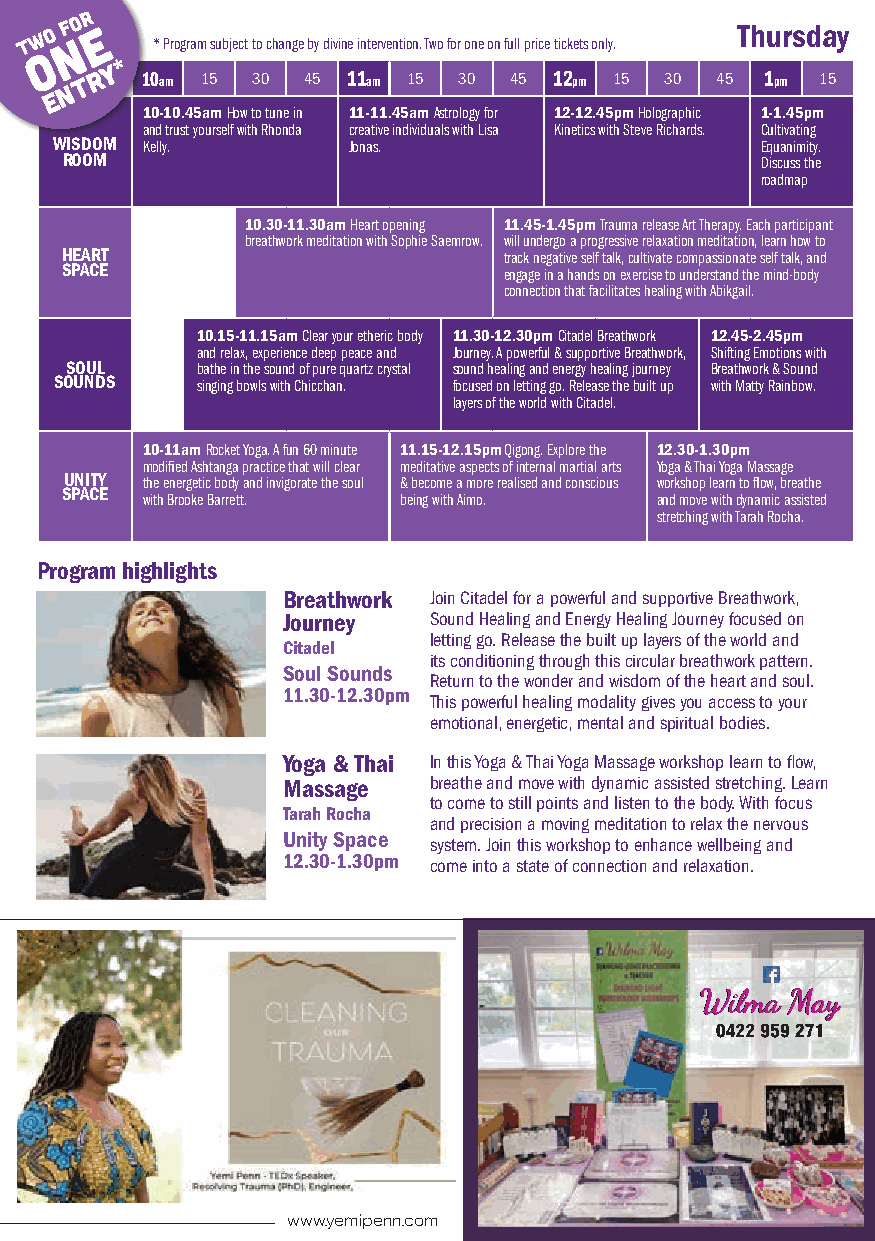
T
 W O F NO R E
 * Program subject to change by divine intervention. Two for one on full price tickets only.
 Thursday    6th Jan
 O
 Y *
 N
 T R 10am 15 30 45 11am 15 30 45 12pm 15 30 45 1pm 15   30  45 2pm 15 30 45 3pm 15 30 45 4pm 15 30 45 5pm 15 30-45
 E
 10-10.45am How to tune in 11-11.45am Astrology for 12-12.45pm Holographic 1-1.45pm
 and trust yourself with Rhonda creative individuals with Lisa Kinetics with Steve Richards. Cultivating
 WISDOM Kelly.      Jonas.                     Equanimity.
 ROOM                                          Discuss the
 roadmap
 10.30-11.30am Heart opening 11.45-1.45pm Trauma release Art Therapy. Each participant
 breathwork meditation with Sophie Saemrow. will undergo a progressive relaxation meditation, learn how to
 HEART                        track negative self talk, cultivate compassionate self talk, and
 SPACE                        engage in a hands on exercise to understand the mind-body
 connection that facilitates healing with Abikgail.
 10.15-11.15am Clear your etheric body 11.30-12.30pm Citadel Breathwork 12.45-2.45pm
 and relax, experience deep peace and Journey. A powerful & supportive Breathwork, Shifting Emotions with
 SOUL     bathe in the sound of pure quartz crystal sound healing and energy healing journey Breathwork & Sound
 SOUNDS   singing bowls with Chicchan. focused on letting go. Release the built up with Matty Rainbow.
 layers of the world with Citadel.
 10-11am Rocket Yoga. A fun 60 minute 11.15-12.15pm Qigong. Explore the 12.30-1.30pm
 modified Ashtanga practice that will clear meditative aspects of internal martial arts Yoga & Thai Yoga Massage
 UNITY the energetic body and invigorate the soul & become a more realised and conscious workshop learn to flow, breathe
 SPACE
 with Brooke Barrett. being with Aimo. and move with dynamic assisted
 stretching with Tarah Rocha.
 Program highlights
 Breathwork Join Citadel for a powerful and supportive Breathwork,
 Journey  Sound Healing and Energy Healing Journey focused on
 Citadel
 letting go. Release the built up layers of the world and
 its conditioning through this circular breathwork pattern.
 Soul Sounds
 Return to the wonder and wisdom of the heart and soul.
 11.30-12.30pm
 This powerful healing modality gives you access to your
 emotional, energetic, mental and spiritual bodies.
 Yoga & Thai In this Yoga & Thai Yoga Massage workshop learn to flow,
 Massage  breathe and move with dynamic assisted stretching. Learn
 Tarah Rocha
 to come to still points and listen to the body. With focus
 and precision a moving meditation to relax the nervous
 Unity Space
 system. Join this workshop to enhance wellbeing and
 12.30-1.30pm come into a state of connection and relaxation.
 WWWWiiiillllmmmmaaaa MMMMaaaayyyy
 www.yemipenn.com